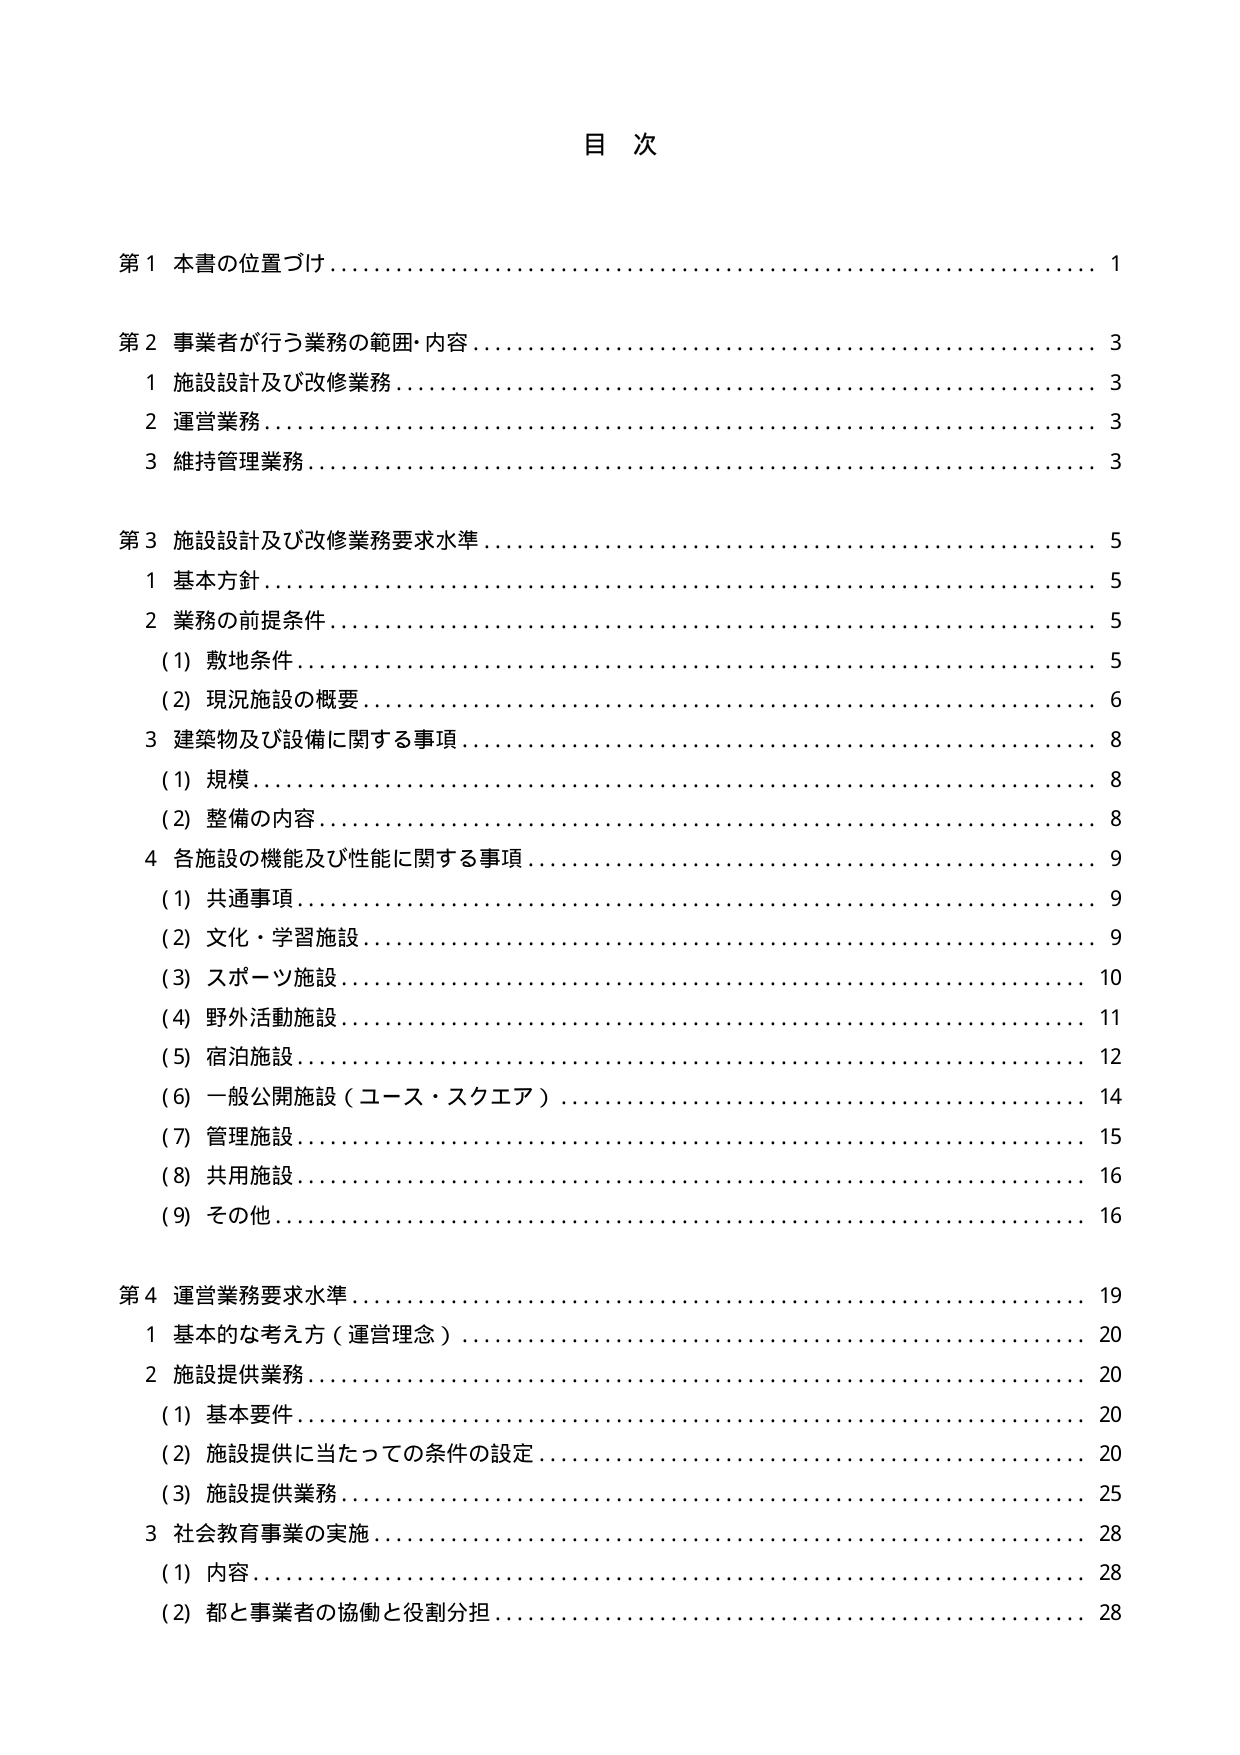
目 次

第１ 本書の位置づけ…………………………………………………………… 1

第２ 事業者が行う業務の範囲・内容………………………………………… 3
　１ 施設設計及び改修業務…………………………………………………… 3
　２ 運営業務…………………………………………………………………… 3
　３ 維持管理業務……………………………………………………………… 3

第３ 施設設計及び改修業務要求水準………………………………………… 5
　１ 基本方針…………………………………………………………………… 5
　２ 業務の前提条件…………………………………………………………… 5
　　（1）敷地条件……………………………………………………………… 5
　　（2）現況施設の概要……………………………………………………… 6
　３ 建築物及び設備に関する事項…………………………………………… 8
　　（1）規模…………………………………………………………………… 8
　　（2）整備の内容…………………………………………………………… 8
　４ 各施設の機能及び性能に関する事項…………………………………… 9
　　（1）共通事項……………………………………………………………… 9
　　（2）文化・学習施設……………………………………………………… 9
　　（3）スポーツ施設………………………………………………………… 10
　　（4）野外活動施設………………………………………………………… 11
　　（5）宿泊施設……………………………………………………………… 12
　　（6）一般公開施設（コース・スクエア）……………………………… 14
　　（7）管理施設……………………………………………………………… 15
　　（8）共用施設……………………………………………………………… 16
　　（9）その他………………………………………………………………… 16

第４ 運営業務要求水準………………………………………………………… 19
　１ 基本的な考え方（運営理念）…………………………………………… 20
　２ 施設提供業務……………………………………………………………… 20
　　（1）基本要件……………………………………………………………… 20
　　（2）施設提供に当たっての条件の設定………………………………… 20
　　（3）施設提供業務………………………………………………………… 25
　３ 社会教育事業の実施……………………………………………………… 28
　　（1）内容…………………………………………………………………… 28
　　（2）都と事業者の協働と役割分担……………………………………… 28